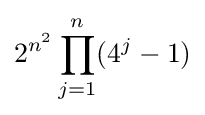
2^{n^{2}}\prod _{j=1}^{n}(4^{j}-1)